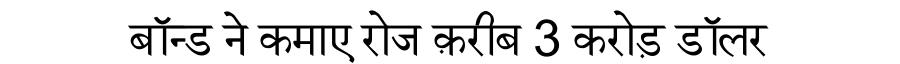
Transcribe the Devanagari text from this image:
बॉन्ड ने कमाए रोज क़रीब 3 करोड़ डॉलर